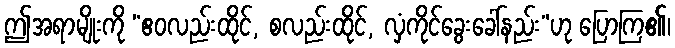
ဤအရာမျိုးကို “ဧဝလည်းထိုင်, စလည်းထိုင်, လှံကိုင်ခွေးခေါ်နည်း”ဟု ပြောကြ၏၊